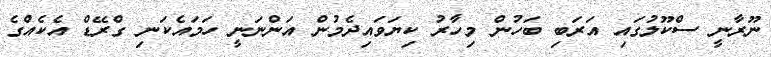
ނޫރާނީ ސްކޫލުގައި އަރަބި ބަހުން މިހާރު ކިޔަވައިދެމުން އަންނަނީ ހަމައެކަނި ގްރޭޑް އެކެއްގެ